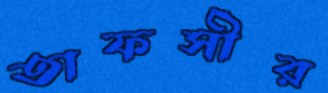
তাফসীর